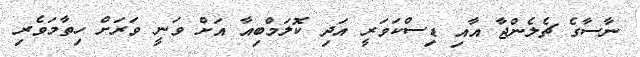
ނާސާގެ ޗެލެންޖާ އާއި ޑިސްކަވަރީ އަދި ކޮލަމްބިއާ އަށް ވަނީ ވަރަށް ހިތާމަވެރި